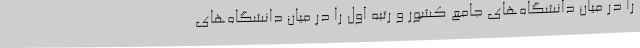
را در میان دانشگاه‌های جامع کشور و رتبه اول را در میان دانشگاه‌های